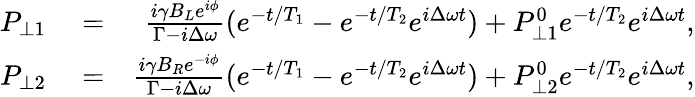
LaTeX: \begin{array}{rlr}{P_{\perp 1}}&{{}=}&{\frac{i\gamma B_{L}e^{i\phi}}{\Gamma-i\Delta\omega}(e^{-t/T_{1}}-e^{-t/T_{2}}e^{i\Delta\omega t})+P_{\perp 1}^{0}e^{-t/T_{2}}e^{i\Delta\omega t},}\\ {P_{\perp 2}}&{{}=}&{\frac{i\gamma B_{R}e^{-i\phi}}{\Gamma-i\Delta\omega}(e^{-t/T_{1}}-e^{-t/T_{2}}e^{i\Delta\omega t})+P_{\perp 2}^{0}e^{-t/T_{2}}e^{i\Delta\omega t},}\end{array}